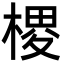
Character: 㮨